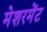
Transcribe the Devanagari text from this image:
मेशरमेंट